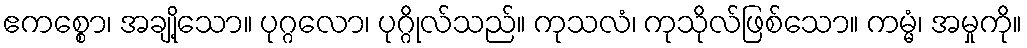
ဧကစ္စော၊ အချို့သော။ ပုဂ္ဂလော၊ ပုဂ္ဂိုလ်သည်။ ကုသလံ၊ ကုသိုလ်ဖြစ်သော။ ကမ္မံ၊ အမှုကို။